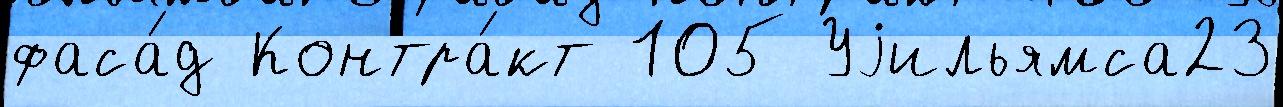
фаса́д Контра́кт 105 Уjильямса23